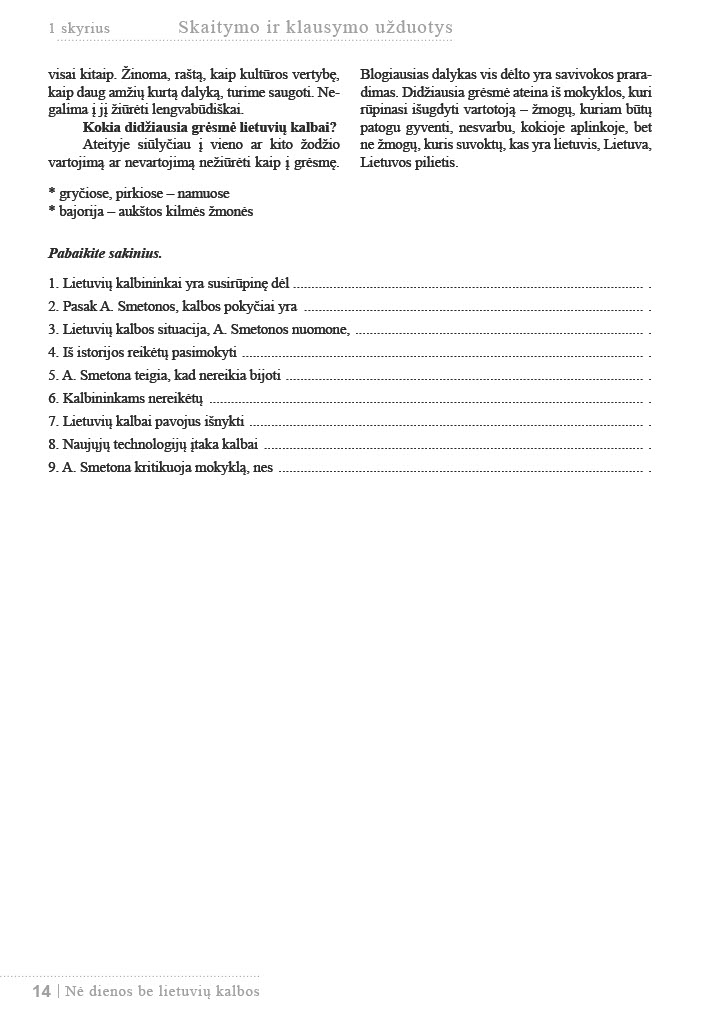
Language: lt